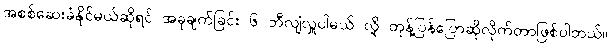
အစစ်ဆေးခံနိုင်မယ်ဆိုရင် အခုချက်ခြင်း ၆ ဘီလျံလှူပါမယ် လို့ တုန့်ပြန်ပြောဆိုလိုက်တာဖြစ်ပါတယ်။